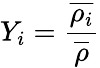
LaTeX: Y_{i}=\frac{\overline{{\rho_{i}}}}{\overline{{\rho}}}